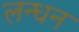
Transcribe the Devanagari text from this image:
लन्धन